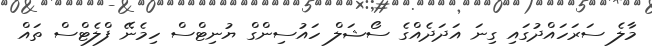
މާލެ ސަރަހައްދުގައި ގިނަ އަދަދެއްގެ ސޯޝަލް ހައުސިންގް ޔުނިޓްސް ހިމެނޭ ފްލެޓްސް ތައް